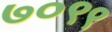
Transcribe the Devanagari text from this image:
७०९९